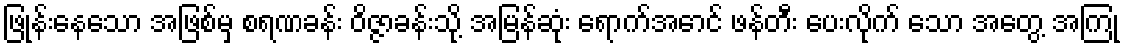
ဖြုန်းနေသော အဖြစ်မှ စရဏခန်း ဝိဇ္ဇာခန်းသို့ အမြန်ဆုံး ရောက်အောင် ဖန်တီး ပေးလိုက် သော အတွေ့ အကြုံ